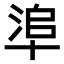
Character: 𠦭